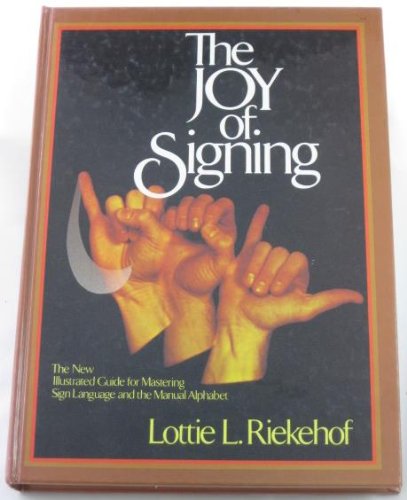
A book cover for The Joy of Signing: The New Illustrated Guide for Mastering Sign Language and the Manual Alphabet; Lottie L Riekehof; Reference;